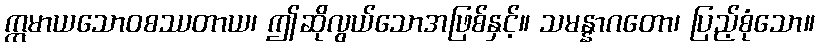
ဣမာယသောဝစဿတာယ၊ ဤဆိုလွယ်သောအဖြစ်နှင့်။ သမန္နာဂတော၊ ပြည့်စုံသော။